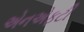
એનએફટી